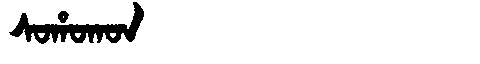
Manchu: ᠰᠣᡥᠣᡴᠣᠨ
Romanization: SOHOKON